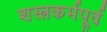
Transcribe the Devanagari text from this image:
शस्त्रकर्मपूर्व